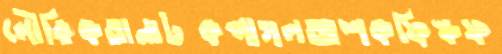
লৌকিকতানাটকপাগলআশকফিস্কফ